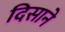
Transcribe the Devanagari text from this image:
दिसाने